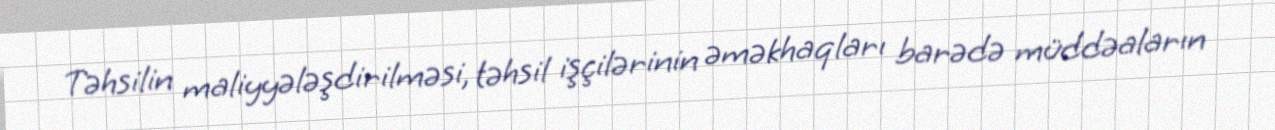
Təhsilin maliyyələşdirilməsi, təhsil işçilərinin əməkhaqları barədə müddəaların